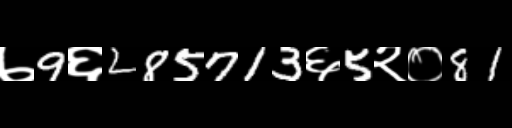
Text: ७9६285713६5२०81